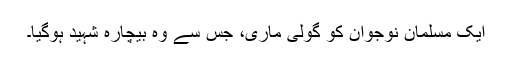
ایک مسلمان نوجوان کو گولی ماری، جس سے وہ بیچارہ شہید ہوگیا۔